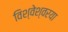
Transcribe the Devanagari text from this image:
विश्वेश्वरया